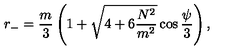
r _ { - } = \frac { m } { 3 } \left( 1 + \sqrt { 4 + 6 \frac { N ^ { 2 } } { m ^ { 2 } } } \cos \frac { \psi } { 3 } \right) ,